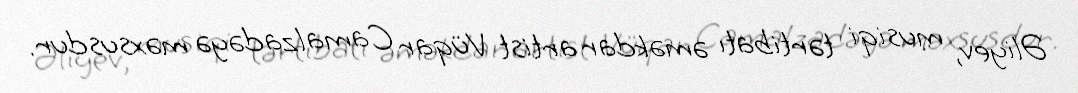
Əliyev, musiqi tərtibatı əməkdar artist Vüqar Camalzadəyə məxsusdur.